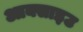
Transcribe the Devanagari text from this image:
आक्साइउ